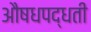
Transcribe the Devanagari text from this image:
औषधपद्धती